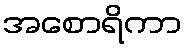
အစောရိကာ